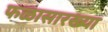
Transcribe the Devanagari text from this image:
फळासारख्या